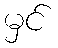
မှင်